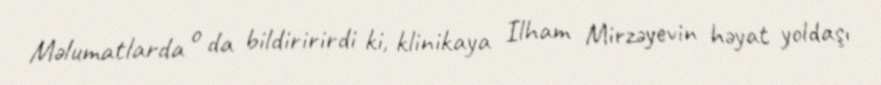
Məlumatlarda o da bildiririrdi ki, klinikaya Ilham Mirzəyevin həyat yoldaşı